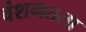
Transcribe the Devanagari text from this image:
वंशगतता